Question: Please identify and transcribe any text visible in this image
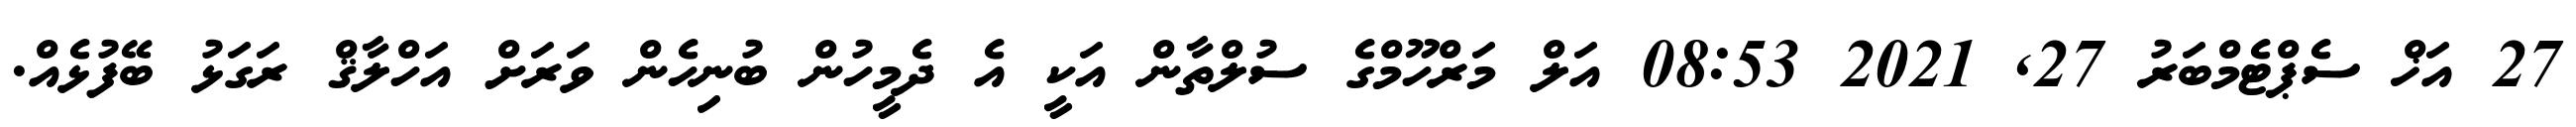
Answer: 27 އަޚް ސެޕްޓެމްބަރު 27, 2021 08:53 އަލް މަރްހޫމްގެ ސުލްތާން އަކީ އެ ދެމީހުން ބުނިހެން ވަރަށް އަހްލާޤް ރަގަޅު ބޭފުޅެއް.